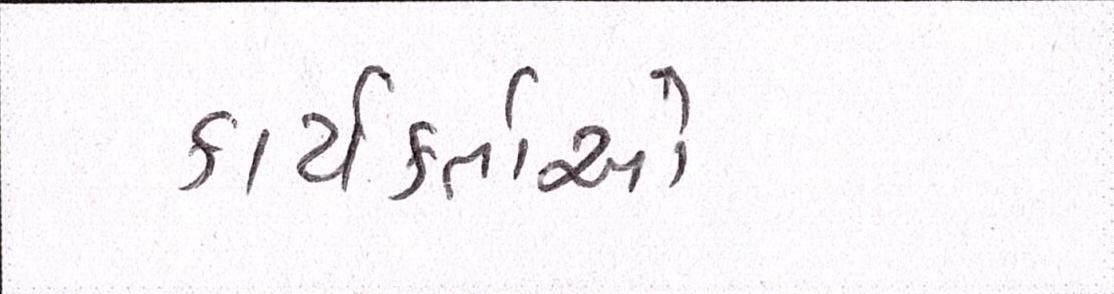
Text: કાર્યકર્તાઓ